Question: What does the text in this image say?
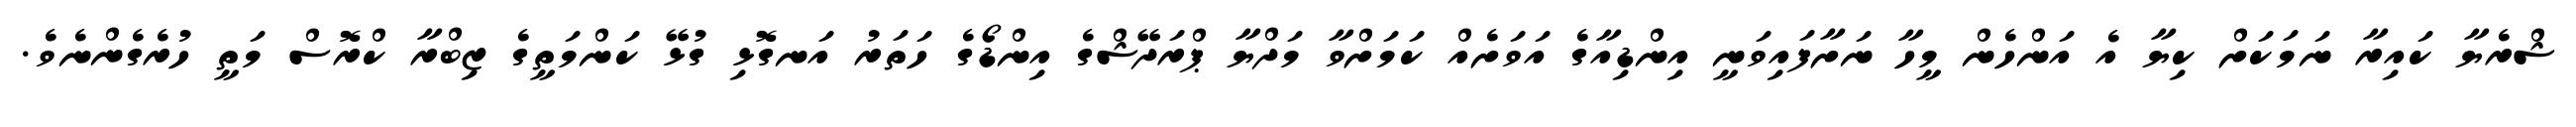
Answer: ޝްރެޔާ ކައިރާ ނަމަކަށް ކިޔާ އެ އަންހެން މީހާ ނަށާފައިވަނީ އިންޑިއާގެ އަވަށެއް ކަމަށްވާ މަދްޔާ ޕްރަދޭޝްގެ އިންޑޯގެ ހަތަރު އަނގޮޅި ގުޅޭ ކަންމަތީގެ ޒިބްރާ ކްރޮސް މަތީ ހުރެގެންނެވެ.